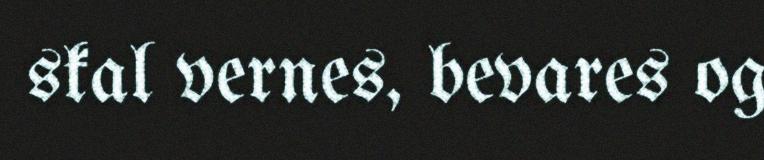
skal vernes, bevares og